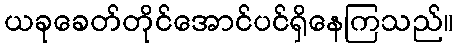
ယခုခေတ်တိုင်အောင်ပင်ရှိနေကြသည်။